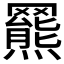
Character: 𦌲